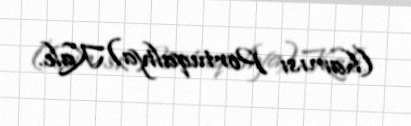
(hamısı Portuqaliya)Kale.